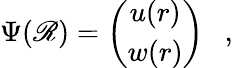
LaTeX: \Psi(\mathscr{R})=\left(\begin{array}{c}{{u(r)}}\\ {{w(r)}}\end{array}\right)\ \ \ ,